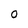
Character: 0